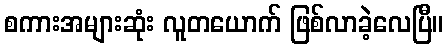
စကားအများဆုံး လူတယောက် ဖြစ်လာခဲ့လေပြီ။